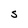
Character: S